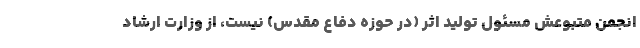
انجمن متبوعش مسئول تولید اثر (در حوزه دفاع مقدس) نیست، از وزارت ارشاد